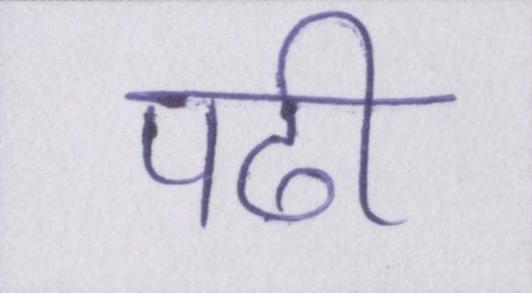
पढी